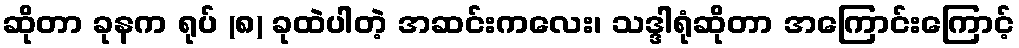
ဆိုတာ ခုနက ရုပ် (၈) ခုထဲပါတဲ့ အဆင်းကလေး၊ သဒ္ဒါရုံဆိုတာ အကြောင်းကြောင့်